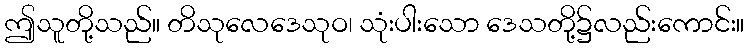
ဤသူတို့သည်။ တိသုလေဒေသုဝ၊ သုံးပါးသော ဒေသတို့၌လည်းကောင်း။